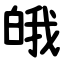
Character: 皒